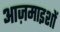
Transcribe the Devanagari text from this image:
आज़माइशों